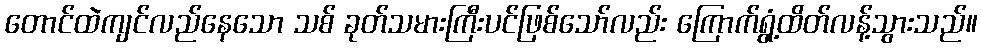
တောင်ထဲကျင်လည်နေသော သစ် ခုတ်သမားကြီးပင်ဖြစ်သော်လည်း ကြောက်ရွံ့ထိတ်လန့်သွားသည်။